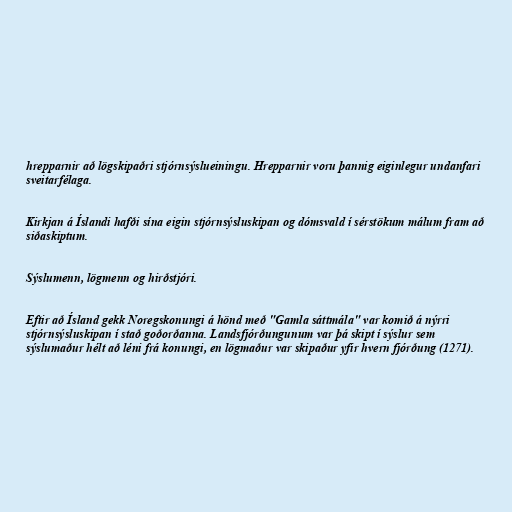
hrepparnir að lögskipaðri stjórnsýslueiningu. Hrepparnir voru þannig eiginlegur undanfari
sveitarfélaga.

Kirkjan á Íslandi hafði sína eigin stjórnsýsluskipan og dómsvald í sérstökum málum fram að
siðaskiptum.

Sýslumenn, lögmenn og hirðstjóri.

Eftir að Ísland gekk Noregskonungi á hönd með "Gamla sáttmála" var komið á nýrri
stjórnsýsluskipan í stað goðorðanna. Landsfjórðungunum var þá skipt í sýslur sem
sýslumaður hélt að léni frá konungi, en lögmaður var skipaður yfir hvern fjórðung (1271).